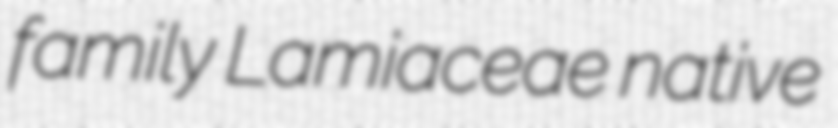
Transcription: family Lamiaceae native